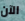
الآن